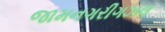
જામનગરીગઝલ